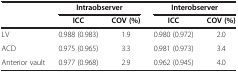
<table><thead><tr><td><b> </b></td><td colspan="2"><b>Intraobserver</b></td><td colspan="2"><b>Interobserver</b></td></tr><tr><td><b> </b></td><td><b>ICC</b></td><td><b>COV (%)</b></td><td><b>ICC</b></td><td><b>COV (%)</b></td></tr></thead><tbody><tr><td>LV</td><td>0.988 (0.983)</td><td>1.9</td><td>0.980 (0.972)</td><td>2.0</td></tr><tr><td>ACD</td><td>0.975 (0.965)</td><td>3.3</td><td>0.981 (0.973)</td><td>3.4</td></tr><tr><td>Anterior vault</td><td>0.977 (0.968)</td><td>2.9</td><td>0.962 (0.945)</td><td>4.0</td></tr></tbody></table>